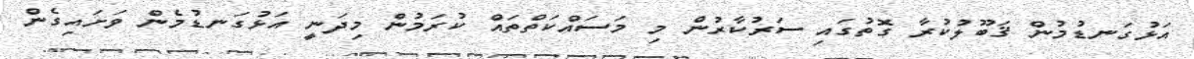
އަޅުގަނޑުމުން ޤަބޫލުކުރާ ގޮތުގައި ސަރުކާރުން މި މަސައްކަތްތައް ކުރަމުން މިދަނީ އަޅުގަނޑުމެން ވަށައިގެން